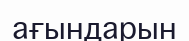
ағындарын